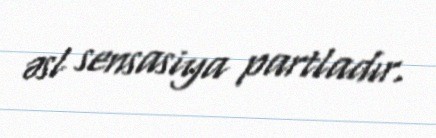
əsl sensasiya partladır.